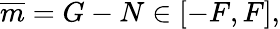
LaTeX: \begin{array}{r}{\overline{{m}}=G-N\in[-F,F],}\end{array}